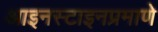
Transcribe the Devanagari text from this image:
आइनस्टाइनप्रमाणे